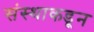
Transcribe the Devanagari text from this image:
संस्थाकडून